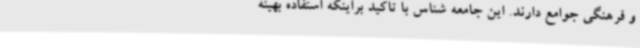
و فرهنگی جوامع دارند. این جامعه شناس با تاکید براینکه استفاده بهینه